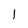
Character: 1